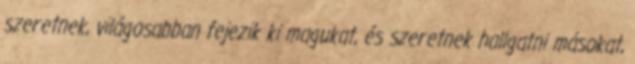
szeretnek, világosabban fejezik ki magukat, és szeretnek hallgatni másokat,